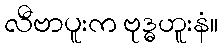
လီဗာပူးက ဗုဒ္ဓဟူးနံ။